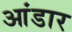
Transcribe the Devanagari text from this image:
आंडार